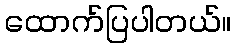
ထောက်ပြပါတယ်။